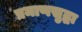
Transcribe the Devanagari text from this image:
प्रमाणसुद्धा